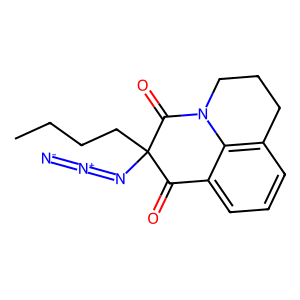
SMILES: CCCCC1(N=[N+]=[N-])C(=O)c2cccc3c2N(CCC3)C1=O
Inhibits HIV replication: No